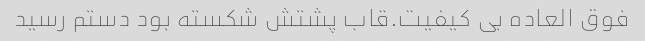
فوق العاده بی کیفیت.قاب پشتش شکسته بود دستم رسید